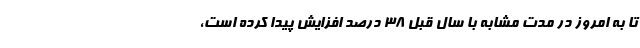
تا به امروز در مدت مشابه با سال قبل ۳۸ درصد افزایش پیدا کرده است،